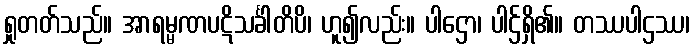
ရှုတတ်သည်။ အာရမ္မဏပဋိသင်္ခါတိပိ၊ ဟူ၍လည်း။ ပါဌော၊ ပါဌ်ရှိ၏။ တဿပါဌဿ၊